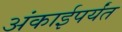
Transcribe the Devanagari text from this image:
अंकाईपर्यंत